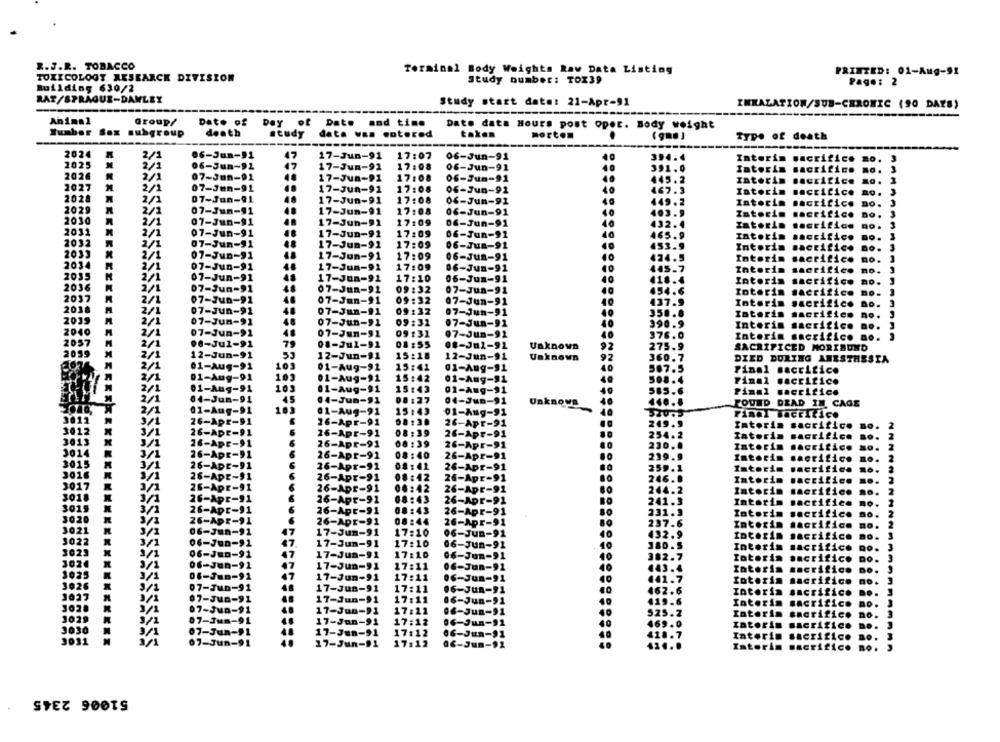
R.J.R. TOBACCO
Terminal Body Weights Raw Data Listing
PRINTED: 01-Aug-91
TOXICOLOGY RESEARCH DIVISION
Study number: TOX39
Page: 2
Building 630/2
RAT/SPRAGUE-DAMLEY
Study start date: 21-Apr-91
INHALATION/SUB-CHRONIC (90 DAYS)
Animal
Group/
Date of
Day of Date and time
Date data Hours post oper. Body weight
Sumber Sax subgroup
death
study
data was entered
taken
Type of death
2024
2/1
06-Jun-91
47
17-Jun-91
17:07
06-Jun-91
2025
394.4
Interim sacrifice
06-Jun-91
47
17-Jun-91
17:08
06-Jun-91
391.0
Tatorin
sacrific
.O.
2026
2/1
07-Jun-91
17-Jun-91
17:08
0f-Jun-91
445.2
Interim sacrifice
2027
2/1
07-Jun-91
17-Jun-91
17:08
06-Jun-91
467.3
Iatorin
lacticice
2028
2/1
07-Jun-91
17-Jun-91
17:08
0f-Jun-91
449.2
Intorin
sacrifice
2029
2/1
07-Jun-91
17-Jun-91
17:08
06-Jun-91
403.9
Iatorin
acritico
DO. 3
2030
2/1
07-Jun-91
17-Jun-91
17:09
06-Jun-91
432.4
2031
Interin
2/1
07-Jun-91
17-Jun-91
17:09
06-Jun-91
465.9
Iatorin
.critico
2032
2/1
07-Jun-91
48
17-Jun-91
17:09
06-Jun-91
453.9
Intoria
2033
acrifico
. 3
2/1
07-Jun-91
17-Jun-91
17:09
06-Jun-91
424.5
Intorin
sacrifice
2034
07-Jun-91
17-Jun-92
17:09
06-Jun-91
10
445.7
tatorin
48
sacrifice
2/1
07-Jun-91
17-Jun-91
17:10
06-Jun-91
10
418.4
Interin
sacrifice
203
2/1
07-Jun-91
07-Jun-91
09 :32
07-Jun-91
454.6
totorin
2037
Sacrifice
2/1
07-Jun-91
07-Jun-91
09:32
07-Jun-91
437.9
Intorin
Sacrifice
2018
2/1
07-Jun-91
07-Jun-91
09:32
07-Jun-91
350.8
2039
Interin
2/1
07-Jun-91
48
07-Jun-91
09:32
07-Jun-91
390.
Interin
sacrifice
2040
07-Jun-91
48
07-Jun-91
09:31
07-Jun-92
10
376.0
2057
Interim sacrifico no
2/1
00-Jul-91
01-Jul-91
08 :55
..- Jul-91
Unknown
75.9
SACRIFICED MORIBUND
2059
2/1
12-Jun-91
12-Jun-91
15:18
12-Jun-91
Unknown
360.7
10
DIED DURING ANESTHESIA
2/1
01-Aug-91
01-Aug-91
15:41
01-Aug-91
507.5
Final sacrifice
2/1
01-Aug-91
101
01-Aug-91
15:42
01-Aug-91
508.4
Final sacrifice
2/1
01-Aug-91
103
01-Aug-91
15:43
01-Aug-91
585.6
Pimal sacrifice
2/1
04-Jun-91
45
.4-Jun-91
08:27
04-Jun-91
01-Aug-91
103
Unknowe
FOUND DEAD IN CAGE
2/1
01-Aug-91
15:43
01-Aug-91
Final sacrifice
3012
3/1
26-Apr-91
26-Apr-91
08 :30
26-Apr-91
249.9
Interim sacrifice
3012
3/1
26-ADE-91
6
26-Apr-91
08:39
26-Apr-91
254.2
Tatorin
sacrifice
3013
3/1
26-Apr-91
26-Apr-91
08 :39
26-Apr-91
230.0
Intorin
sacrifice
10.
3014
INN
3/1
26-Apr-91
26-Apr-91
08 :40
26-Apr-91
239.
Intorin
horific
3015
3/1
26-ADE-91
26-Apr-91
08:42
26-Apr-91
359.
Interim
Grific
3016
26-Apr-91
26-Apr-91
08:42
26-Apr-91
24
Intorin
sacrifice
3017
3/1
26-Apr-91
26-Apr-91
08 :42
26-Apr-91
244.
Intorin
terific
26-Apr-91
26-Apr-91
08:43
10. 2
3/1
26-Apr-91
241.3
Interim
actific
no. 2
3019
3/1
26-Apr-91
6
26-Apr-91
08:43
26-Apr-91
231.
Interi
acrific
26-Apr-91
no. 2
26-Apr-91
08:44
26-Apr-91
237.6
Intorin
3021
06-Jun-91
17-Jun-91
17:10
06-JUD-91
432.
Interin
3022
06-Jun-91
17-Jun-91
3023
3/1
17:10
06-Jun-91
380.5
Intorin
Icrifice
DO.
3/1
06-Jun-91
17-Jun-91
17:10
06-Jun-91
382.7
rotoris
crifico
3024
06-Jun-91
17-Jun-91
17:11
06-Jun-91
DO. 3
3/1
443.
raterin
3025
06-Jun-91
17-Jun-91
17:11
06-Jun-91
roterin
erific
3026
07-Jun-91
3/1
48
17-Jun-91
17:11
06-JUR-91
62.
Interin
cris
DO. J
1027
07-Jun-91
17-Jun-91
17:11
06-Jun-91
Interis
302.
07-Jun-91
1029
3/1
48
17-Jun-91
17:22
06-Jun-91
Caterin
3/1
07-Jun-91
17-Jun-91
17:12
06-Jun-91
469.0
caterin
07-Jun-91
17-Jun-91
3/1
17:12
06-Jun-91
Interin
3031
07-Jun-91
17-Jun-91
17:12
0€-Jun-91
Interin
no
STEZ 90019